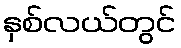
နှစ်လယ်တွင်